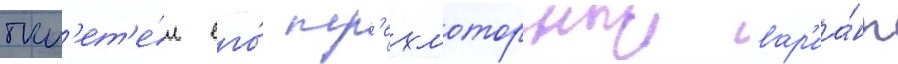
пол'ет'е́л его́ тр'ехмоторныи вар'иа́нт